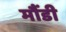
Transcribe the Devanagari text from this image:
मौंडी